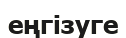
еңгізуге